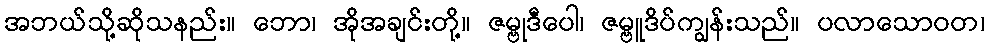
အဘယ်သို့ဆိုသနည်း။ ဘော၊ အိုအချင်းတို့။ ဇမ္ဗုဒီပေါ၊ ဇမ္ဗူဒိပ်ကျွန်းသည်။ ပလာသောဝတ၊